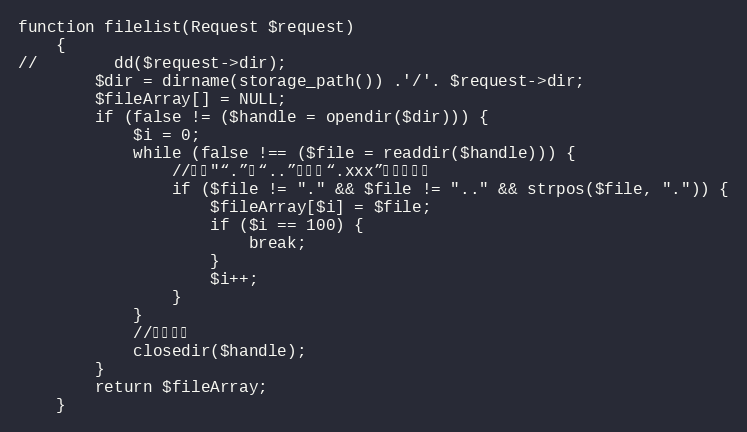
Language: PHP
function filelist(Request $request)
    {
//        dd($request->dir);
        $dir = dirname(storage_path()) .'/'. $request->dir;
        $fileArray[] = NULL;
        if (false != ($handle = opendir($dir))) {
            $i = 0;
            while (false !== ($file = readdir($handle))) {
                //去掉"“.”、“..”以及带“.xxx”后缀的文件
                if ($file != "." && $file != ".." && strpos($file, ".")) {
                    $fileArray[$i] = $file;
                    if ($i == 100) {
                        break;
                    }
                    $i++;
                }
            }
            //关闭句柄
            closedir($handle);
        }
        return $fileArray;
    }